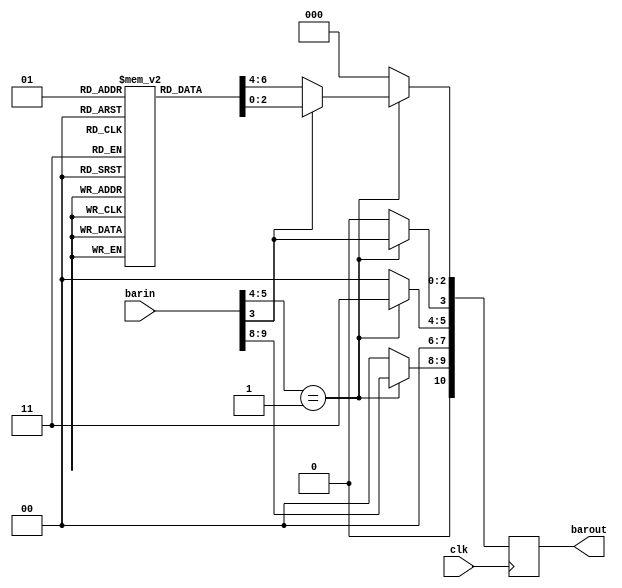
/*
	memoria
		[3]	= Tag
		[2:0]	= Dado
*/
module mem(barin,clk,barout);
		
		input [10:0]barin;
		input clk;
		output reg [10:0]barout;

		parameter readmiss = 2'b01;
		parameter invalidate = 2'b10;
		parameter return = 2'b11;
		
		reg [3:0]Memoria[1:0];
		
		initial begin
			Memoria[0] = 4'b1001;
			Memoria[1] = 4'b1000;
		end
		
		always @(posedge clk) begin
			barout = 11'b00000000000;
			if(barin[5:4] == readmiss) begin
				barout[10] = 0;
				barout[9:8] = barin[9:8];
				barout[5:4] = return;
				barout[3] = barin[3];
				if(barin[3] == 0) begin
					barout[2:0] = Memoria[0][2:0];
				end
				else begin 
					barout[2:0]	= Memoria[1][2:0];
				end
			end
		end
endmodule